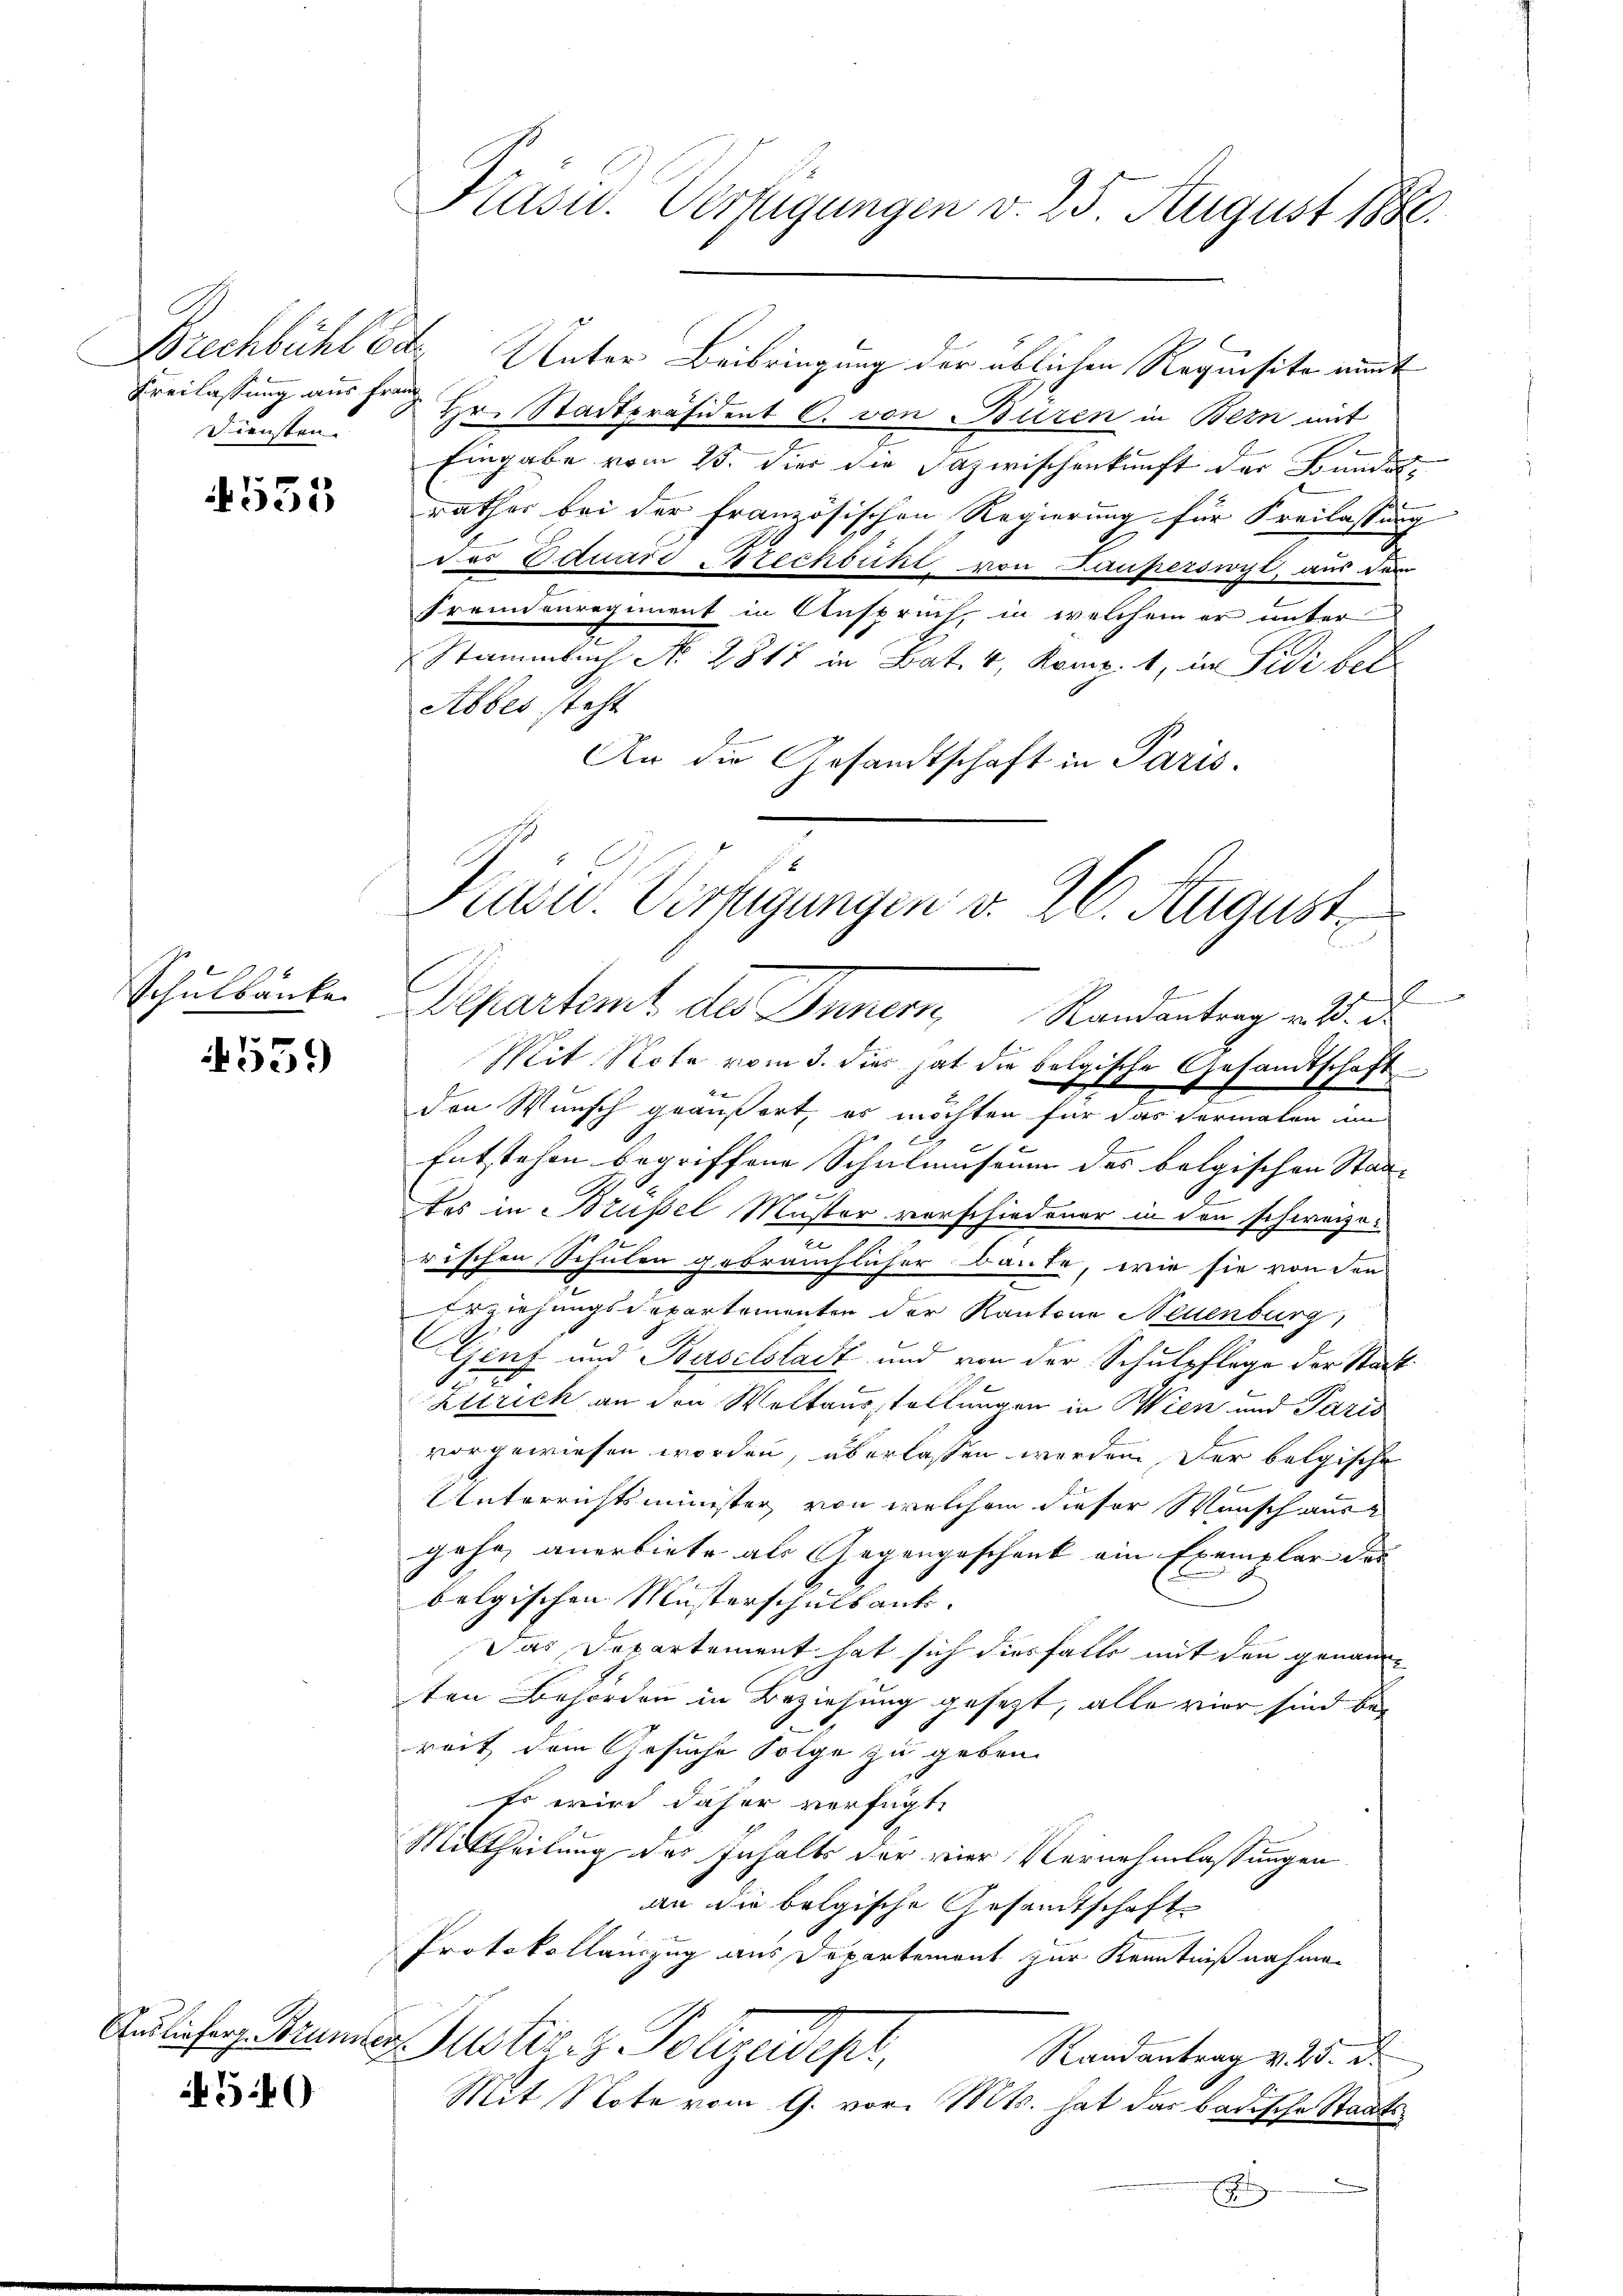
Freilassung aus Franz
Diensten.

1555

Schulbänke

4539

5.40

Präsid. Verfügungen v. 25. August 1886.

Brechbühl der Unter Beibringung der üblichen Requisite eint
Hr. Stadtpräsident C. von Buren in Bern mit
Eingabe vom 25. die die Dazwischenkunft der Bundes-
rathes bei der französischen Regierung für Freilassung
2
des Eduard Brechbühl von Lauperswyt, aus dem
Fremdenregiment in Anspruch, in welchem er unter
Stammbach No 2817 in Bat. 4, Komp. 1, in Fidi betr
Abbes steht
An die Gesandtschaft in Paris.

Kasu. Verfügungen v. 26. August
¬
Departamt der Innern Randantrag an d. d

Mit Note vom 3. dies hat die belgische Gesandtschaft
g
den Wunsch geäußert, es möchten für das Vormalen um
Entstehen begriffene Schulmuseum des belgischen Stadt-
tes in Brüssel Muster vorschiedener in den schweizo-
rischen Schulen gebräuchlicher Baute, wie sie von den
Erziehungsdepartementen der Kantone Neuenburg,
Genf und Baselstadt und von der Schulpflege der Stat¬
Zutrick an den Weltausstellungen in Wien und Paris
vorgewiesen worden, überlassen werden, der belgische
Unterrichtsminister, von welchem dieser Wunsch ausgehe, anerbiete als Gegengeschenk ein Exemplar der |
belgischen Musterschulkant. |
Das Departement hat sich diesfalls mit den genannten Behörden in Beziehung gesezt, alle vier sind bei
reit dem Gesuche Folge zu geben.
Es wird daher verfügt:
Mittheilung des Inhalts der vier Vernehmlassungen
an die belgische Gesandtschaft
Protokollauszug aus Departement zur Kenntnißnahmen
Aulichen Baumer Justiz z. Polizeidept,
Randantrag v. 25. d.
Mit Note vom 9. vor. Mts. hat das badische Staats¬
E

l